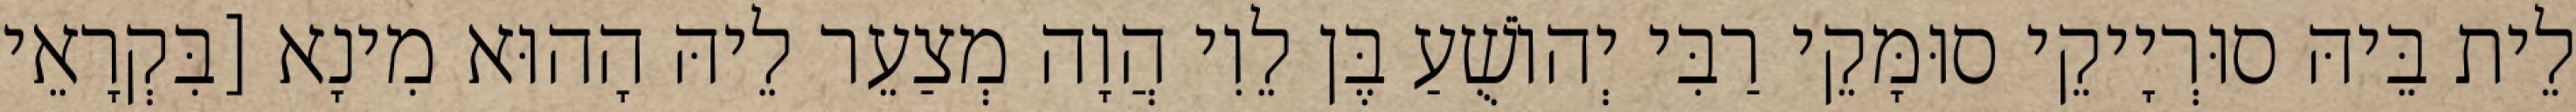
לֵית בֵּיהּ סוּרְיָיקֵי סוּמָּקֵי רַבִּי יְהוֹשֻׁעַ בֶּן לֵוִי הֲוָה מְצַעֵר לֵיהּ הָהוּא מִינָא [בִּקְרָאֵי